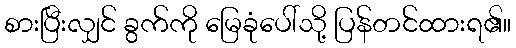
စားပြီးလျှင် ခွက်ကို မြေခုံပေါ်သို့ ပြန်တင်ထားရ၏။